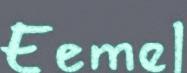
Eemel